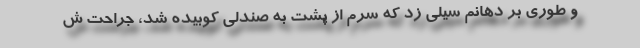
و طوری بر دهانم سیلی زد که سرم از پشت به صندلی کوبیده شد، جراحت ش